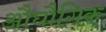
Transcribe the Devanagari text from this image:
औघौगिक